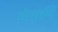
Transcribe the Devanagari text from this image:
हेतुकी